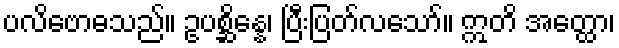
ပလိဗောဓသည်။ ဥပစ္ဆိန္နေ၊ ပြီးပြတ်လသော်။ ဣတိ အတ္ထော၊